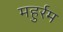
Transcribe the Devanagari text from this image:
महुर्रम